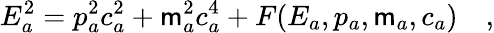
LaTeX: E_{a}^{2}=p_{a}^{2}c_{a}^{2}+\mathsf{m}_{a}^{2}c_{a}^{4}+F(E_{a},p_{a},\mathsf{m}_{a},c_{a})\quad,